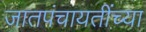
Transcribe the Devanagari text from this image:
जातपंचायतींच्या